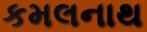
કમલનાથ